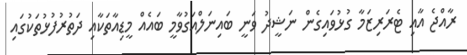
ރާއްޖެ އާއި ޓެރަރިޒަމާ ގުޅުވައިގެން ނަޝީދު ވަނީ ބައިނަލްއަގުވާމީ ބައެއް މީޑިއާތަކާއި ދަތުރުފުޅުތަކުގައި